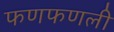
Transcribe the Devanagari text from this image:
फणफणली